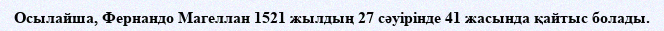
Осылайша, Фернандо Магеллан 1521 жылдың 27 сәуірінде 41 жасында қайтыс болады.